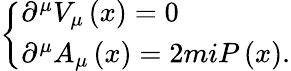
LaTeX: \left\{ \begin{array}{l}{{\partial^{\mu}V_{\mu}\left(x\right)=0}}\\ {{\partial^{\mu}A_{\mu}\left(x\right)=2miP\left(x\right).}}\end{array}\right.